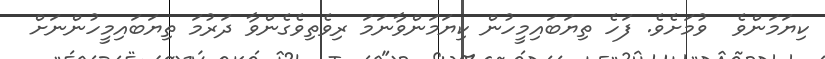
ކިޔަމަންވެ  ވުމަށެވެ. ފަހެ ތިޔަބައިމީހުން ކިޔަމަންވާނަމަ ރިވެތިވެގެންވާ ދަރުމަ ތިޔަބައިމީހުންނަށް